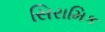
સિરામિક